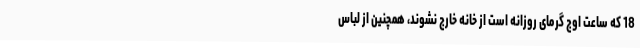
18 که ساعت اوج گرمای روزانه است از خانه خارج نشوند، همچنین از لباس